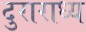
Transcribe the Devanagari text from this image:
दुराराध्य